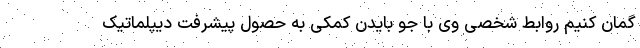
گمان کنیم روابط شخصی وی با جو بایدن کمکی به حصول پیشرفت دیپلماتیک